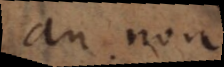
an non.